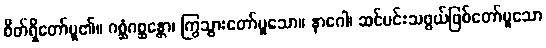
စိတ်ရှိတော်မူ၏။ ဂစ္ဆံဂစ္ဆန္တော၊ ကြွသွားတော်မူသော။ နာဂေါ၊ ဆင်မင်းသဖွယ်ဖြစ်တော်မူသော